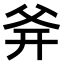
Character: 𤕑